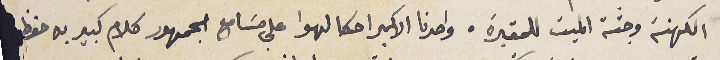
الكهنة وجثة الميت للمقبرة. واحدنا الاكبر احكا لهوا على مسَامع الجمهور كلام كبير به حفظ